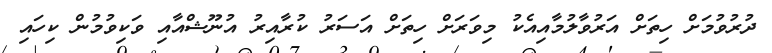
ދުރުވުމަށް ހިތަށް އަރުވާލުމާއިއެކު މިވަރަށް ހިތަށް އަސަރު ކުރާއިރު އުނޫޝްއާއި ވަކިވުމުން ކިހައި